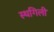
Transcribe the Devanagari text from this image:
स्थगिली